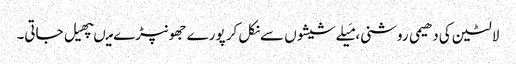
لالٹین کی دھیمی روشنی، مَیلےشیشوں سےنکل کر پورے جھونپڑے میںپھیل جاتی۔